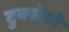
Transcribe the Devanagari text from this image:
टुक्सेडो